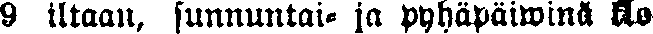
9 iltaan, sunnuntai- ja pyhäpäiwinä klo